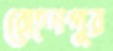
রোহনপুর